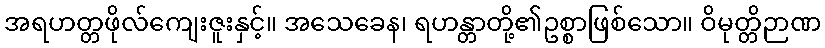
အရဟတ္တဖိုလ်ကျေးဇူးနှင့်။ အသေခေန၊ ရဟန္တာတို့၏ဥစ္စာဖြစ်သော။ ဝိမုတ္တိဉာဏ